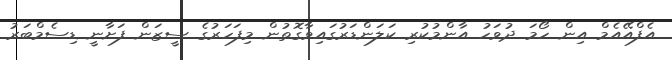
އެފްއޭއެމް އިން ހޯމަ ދުވަހު އާންމުކުރި ކަލަންޑަރުގައިވާގޮތުން މިފަހަރުގެ ސީޒަން ފަށާނީ ޑިސެމްބަރު